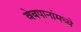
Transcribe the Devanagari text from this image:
वेबपानांमध्ये